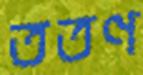
ততণ